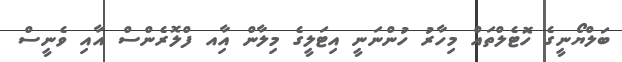
ބަލްޔޯނީގެ ހޮޓެލްތައް މިހާރު ހުންނަނީ އިޓަލީގެ މިލާން އާިއ ފްލޮރެންސް އާއި ވެނީސް